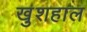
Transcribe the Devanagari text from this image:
खु़शहाल